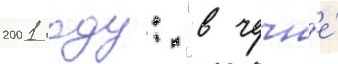
2001 году: "в чечн'е́